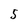
Character: 5